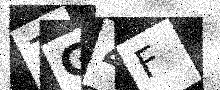
Text: ZG4F